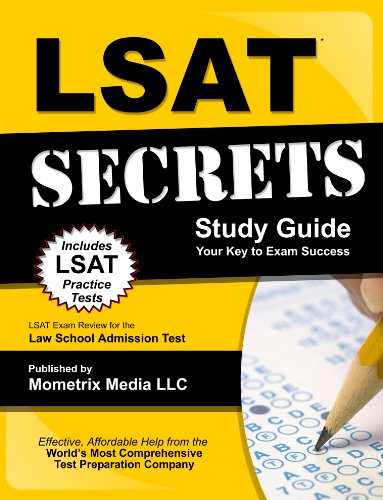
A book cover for LSAT Secrets Study Guide: LSAT Exam Review for the Law School Admission Test; LSAT Exam Secrets Test Prep Team; Education & Teaching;